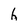
Character: h